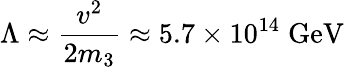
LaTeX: \Lambda\approx\frac{v^{2}}{2m_{3}}\approx 5.7\times 10^{14}\; \mathrm{GeV}